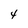
Character: 4